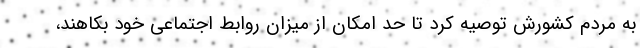
به مردم کشورش توصیه کرد تا حد امکان از میزان روابط اجتماعی خود بکاهند،